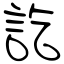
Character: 訖